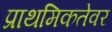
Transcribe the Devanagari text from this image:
प्राथमिकतेवर